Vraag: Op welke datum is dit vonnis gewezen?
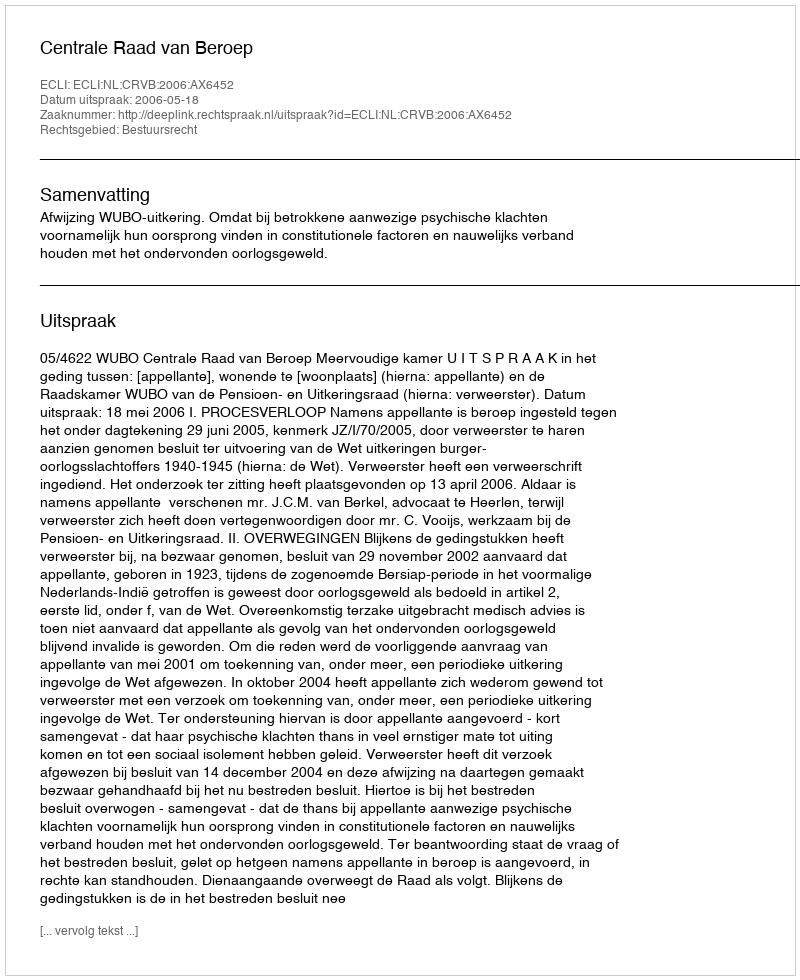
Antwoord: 2006-05-18